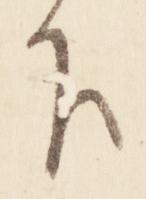
下